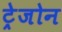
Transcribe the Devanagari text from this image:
ट्रेजोन